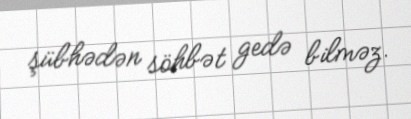
şübhədən söhbət gedə bilməz.